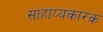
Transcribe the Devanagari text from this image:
साहाय्यकारक